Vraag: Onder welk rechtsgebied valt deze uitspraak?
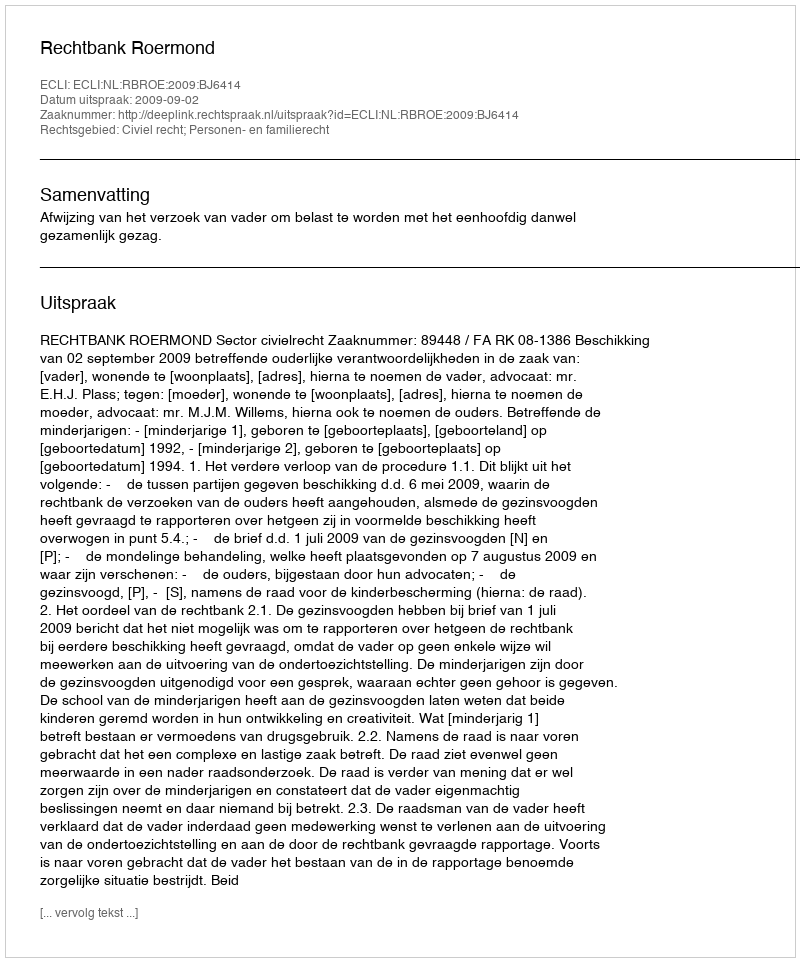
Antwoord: Civiel recht; Personen- en familierecht